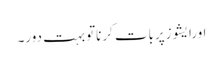
اورایشوزپربات کرناتوبہت دور۔